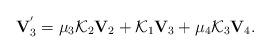
LaTeX: \begin{align*}\mathbf{V}_{3}^{^{\prime }}=\mu _{3}\mathcal{K}_{2}\mathbf{V}_{2}+\mathcal{K}_{1}\mathbf{V}_{3}+\mu _{4}\mathcal{K}_{3}\mathbf{V}_{4}.\end{align*}